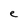
Character: e